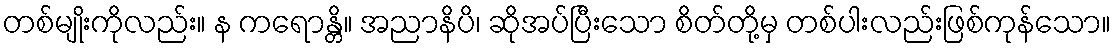
တစ်မျိုးကိုလည်း။ န ကရောန္တိ။ အညာနိပိ၊ ဆိုအပ်ပြီးသော စိတ်တို့မှ တစ်ပါးလည်းဖြစ်ကုန်သော။